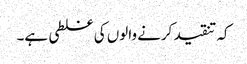
کہ تنقید کرنے والوں کی غلطی ہے۔